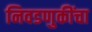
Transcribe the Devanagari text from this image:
निवडणुकींचा